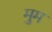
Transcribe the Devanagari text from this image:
मुम